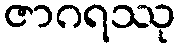
ဇာဂရဿု